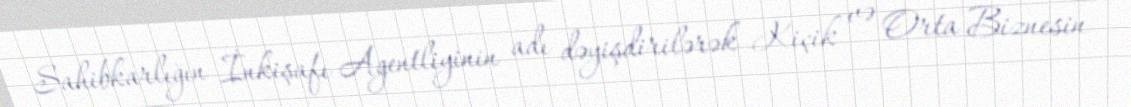
Sahibkarlığın İnkişafı Agentliyinin adı dəyişdirilərək Kiçik və Orta Biznesin